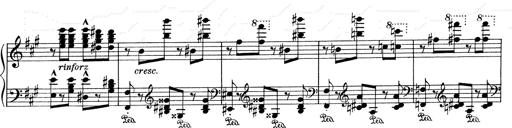
Title: Mephisto Waltz No.1
Composer: Franz Liszt